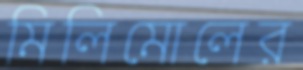
মিলিমোলের